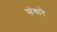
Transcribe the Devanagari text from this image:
संगारे